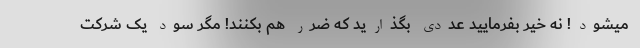
میشود! نه خیر بفرمایید عددی بگذارید که ضرر هم بکنند! مگر سود یک شرکت